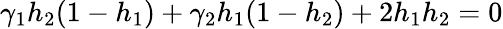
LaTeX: \gamma_{1}h_{2}(1-h_{1})+\gamma_{2}h_{1}(1-h_{2})+2h_{1}h_{2}=0